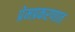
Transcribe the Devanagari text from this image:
प्रेमप्रकरणात